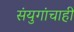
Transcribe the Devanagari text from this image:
संयुगांचाही